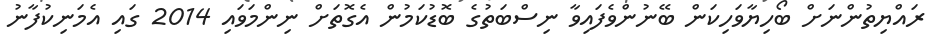
ރައްޔިތުންނަށް ބޯހިޔާވަހިކަން ބޭނުންވެފައިވާ ނިސްބަތުގެ ބޮޑުކަމުން އެގޮތަށް ނިންމަވައި 2014 ގައި އެމަނިކުފާނު